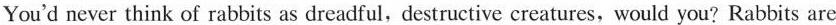
You'd never think of rabbits as dreadful,destructive creatures,would you? Rabbits are